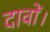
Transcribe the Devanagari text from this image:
दावों।